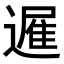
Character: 𮟈